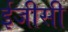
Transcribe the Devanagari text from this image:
ईजीसी